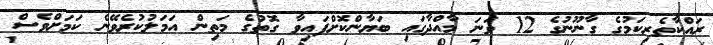
ރައްކާތެރިކަމުގެ ގާނޫނުގެ 12 ވަނަ މާއްދާގައި ބަޔާންކޮށްފައިވާ ގޮތުގެ މަތިން އަމަލުކުރެވޭނެ ކަަމަށްވެސް